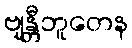
ဗျန္တီဘူတေန